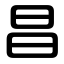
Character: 昌